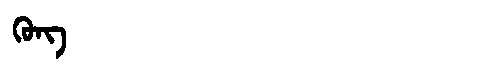
Manchu: ᡴᡠᠩ
Romanization: KUNG